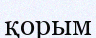
қорым